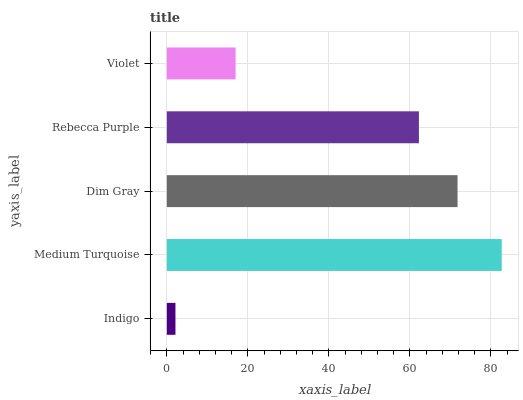
| yaxis_label | bars |
 | --- | --- |
 | Indigo | 2.13 |
 | Medium Turquoise | 82.7 |
 | Dim Gray | 71.8 |
 | Rebecca Purple | 62.2 |
 | Violet | 17 |